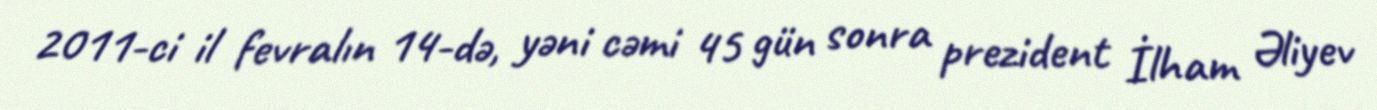
2011-ci il fevralın 14-də, yəni cəmi 45 gün sonra prezident İlham Əliyev